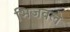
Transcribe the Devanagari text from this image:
भिजवले